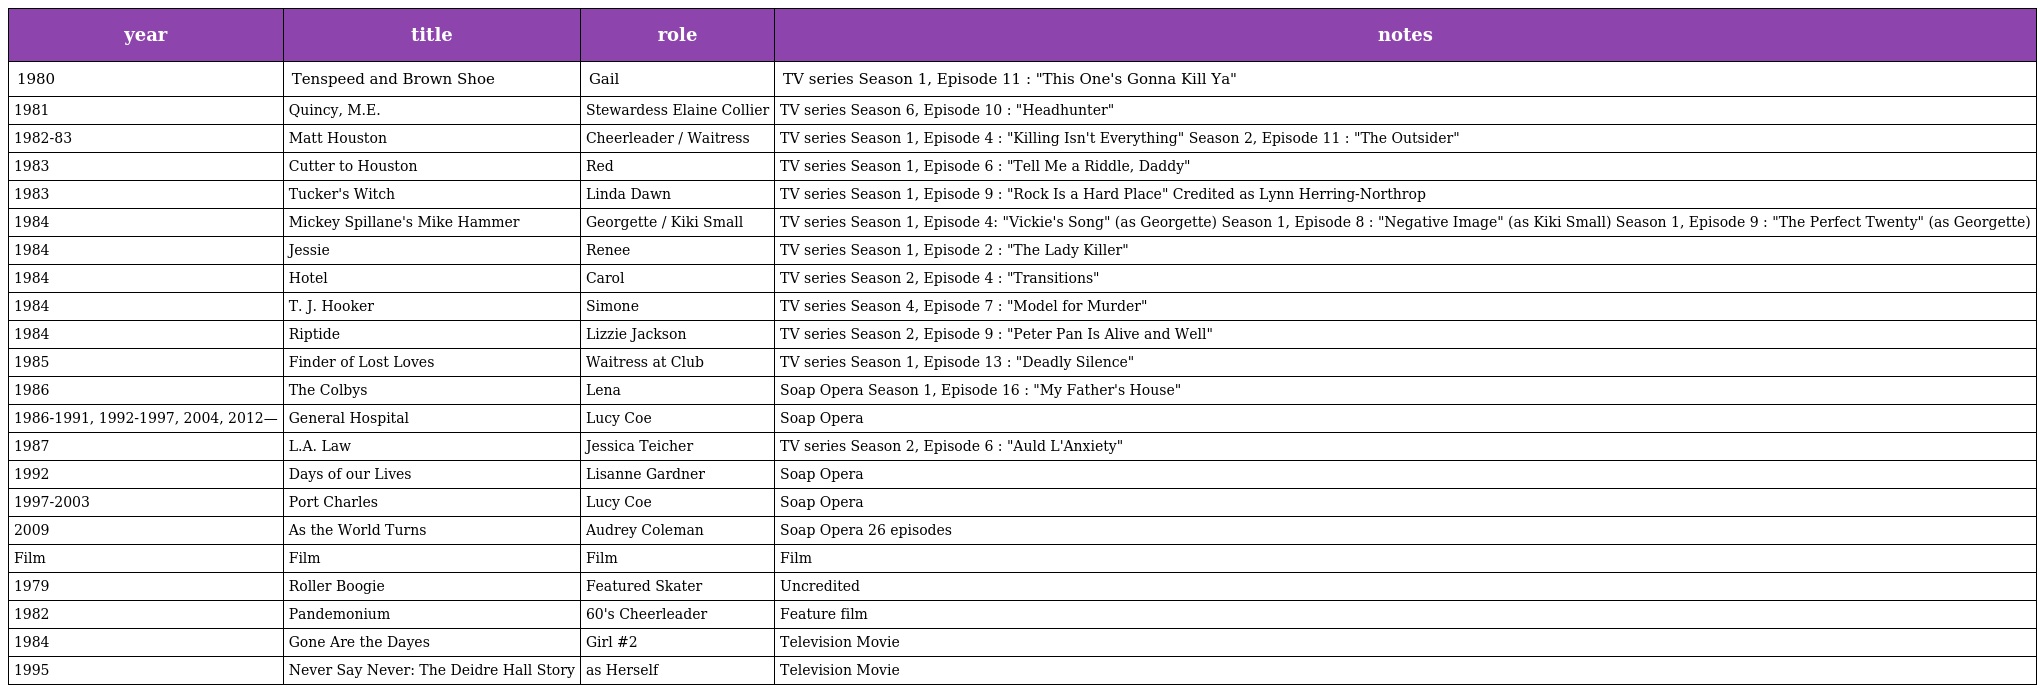
| year | title | role | notes |
 | --- | --- | --- | --- |
 | 1980 | Tenspeed and Brown Shoe | Gail | TV series Season 1, Episode 11 : "This One's Gonna Kill Ya" |
 | 1981 | Quincy, M.E. | Stewardess Elaine Collier | TV series Season 6, Episode 10 : "Headhunter" |
 | 1982-83 | Matt Houston | Cheerleader / Waitress | TV series Season 1, Episode 4 : "Killing Isn't Everything" Season 2, Episode 11 : "The Outsider" |
 | 1983 | Cutter to Houston | Red | TV series Season 1, Episode 6 : "Tell Me a Riddle, Daddy" |
 | 1983 | Tucker's Witch | Linda Dawn | TV series Season 1, Episode 9 : "Rock Is a Hard Place" Credited as Lynn Herring-Northrop |
 | 1984 | Mickey Spillane's Mike Hammer | Georgette / Kiki Small | TV series Season 1, Episode 4: "Vickie's Song" (as Georgette) Season 1, Episode 8 : "Negative Image" (as Kiki Small) Season 1, Episode 9 : "The Perfect Twenty" (as Georgette) |
 | 1984 | Jessie | Renee | TV series Season 1, Episode 2 : "The Lady Killer" |
 | 1984 | Hotel | Carol | TV series Season 2, Episode 4 : "Transitions" |
 | 1984 | T. J. Hooker | Simone | TV series Season 4, Episode 7 : "Model for Murder" |
 | 1984 | Riptide | Lizzie Jackson | TV series Season 2, Episode 9 : "Peter Pan Is Alive and Well" |
 | 1985 | Finder of Lost Loves | Waitress at Club | TV series Season 1, Episode 13 : "Deadly Silence" |
 | 1986 | The Colbys | Lena | Soap Opera Season 1, Episode 16 : "My Father's House" |
 | 1986-1991, 1992-1997, 2004, 2012— | General Hospital | Lucy Coe | Soap Opera |
 | 1987 | L.A. Law | Jessica Teicher | TV series Season 2, Episode 6 : "Auld L'Anxiety" |
 | 1992 | Days of our Lives | Lisanne Gardner | Soap Opera |
 | 1997-2003 | Port Charles | Lucy Coe | Soap Opera |
 | 2009 | As the World Turns | Audrey Coleman | Soap Opera 26 episodes |
 | Film | Film | Film | Film |
 | 1979 | Roller Boogie | Featured Skater | Uncredited |
 | 1982 | Pandemonium | 60's Cheerleader | Feature film |
 | 1984 | Gone Are the Dayes | Girl #2 | Television Movie |
 | 1995 | Never Say Never: The Deidre Hall Story | as Herself | Television Movie |